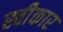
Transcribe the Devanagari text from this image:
स्वीेकार